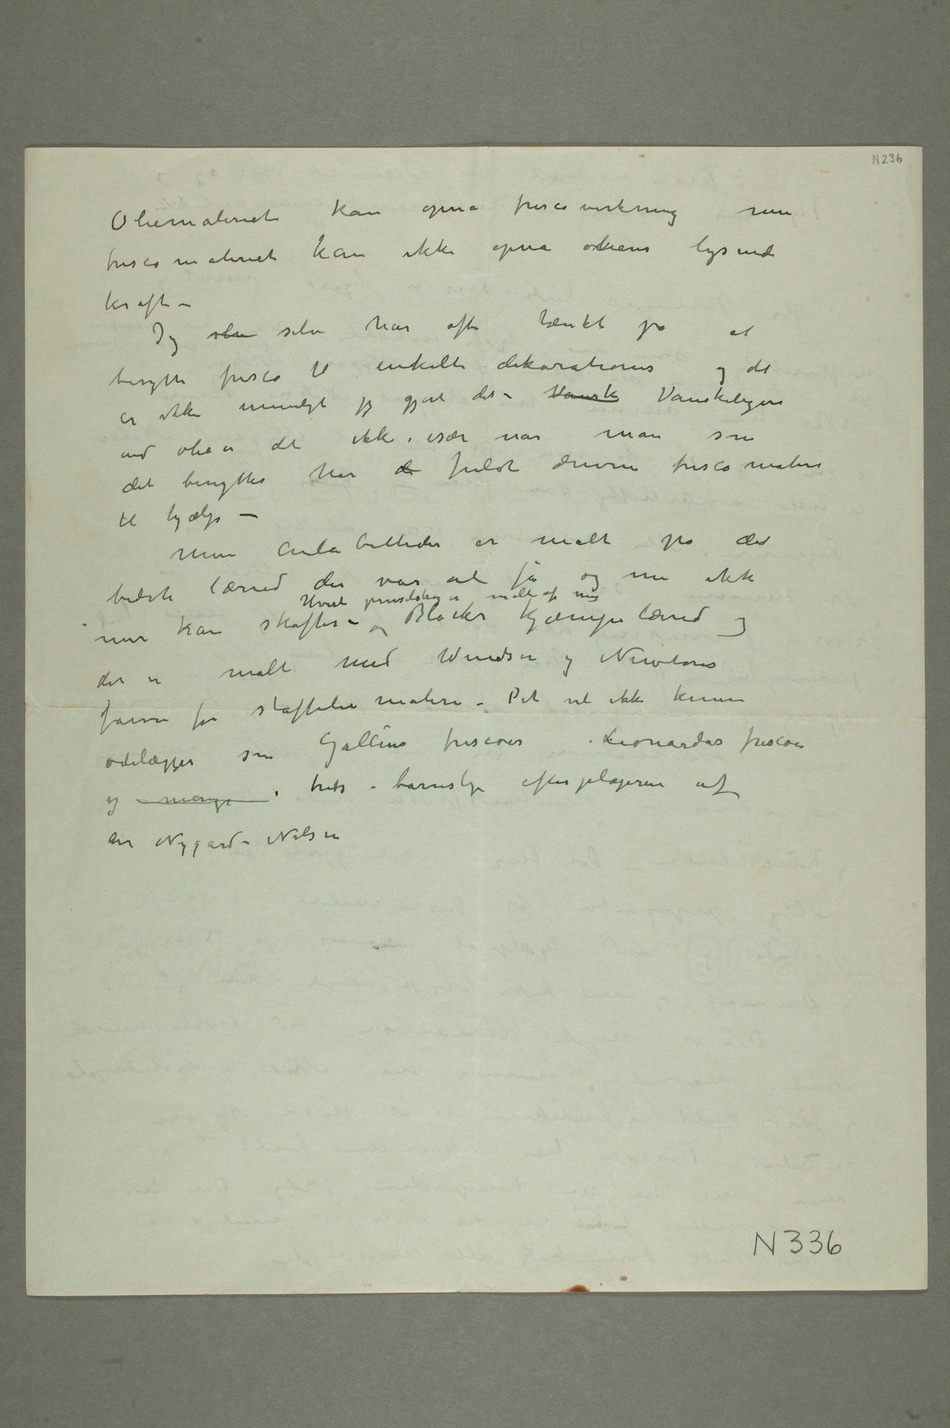
Oliemaleriet kan opnå frescovirkning men
frescomaleriet kan ikke opnå oliens lysende
kraft –
Jeg slv selv har ofte tænkt på at
benytte fresco til enkelte dekorationer og
det er ikke umuligt jeg gjør det – Vansk Vanskeligere
end olie er det ikke, især når man som
det benyttes har d fuldt drevne frescomalere
til hjælp –
Mine Aulabilleder er malt på det
bedste lærred der var at få og nu ikke
Blocks kjempelærred og
der er malt med Windsor og Newtons
farver for staffelimalere – Det vil ikke kunne
ødelægges som Galléns frescoerLeonardos frescoer og